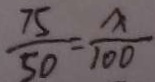
\frac { 7 5 } { 5 0 } = \frac { A } { 1 0 0 }